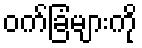
ဝက်ခြံများကို